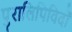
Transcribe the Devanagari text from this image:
पुरालिपिविदों